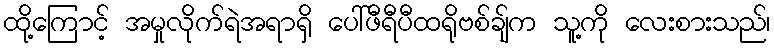
ထို့ကြောင့် အမှုလိုက်ရဲအရာရှိ ပေါ်ဖီရီပီထရိုဗစ်ချ်က သူ့ကို လေးစားသည်၊